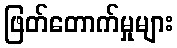
ဖြတ်တောက်မှုများ